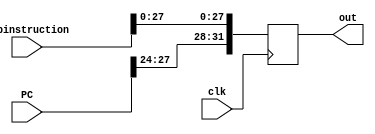
module concatenator(
  input[31:0]      jmpinstruction,
  input[27:0]      PC,
  input            clk,
  output reg[31:0] out
);
  always @(posedge clk) begin
    out = {PC[27:24], jmpinstruction[27:0]};
  end
endmodule